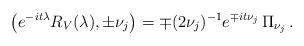
LaTeX: \begin{align*}\bigl(e^{-it\lambda}R_V(\lambda),\pm\nu_j\bigr)=\mp (2\nu_j)^{-1}e^{\mp it\nu_j}\,\Pi_{\nu_j}\,.\end{align*}